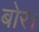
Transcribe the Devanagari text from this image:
बोर।